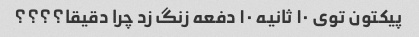
پیکتون توى ١٠ ثانیه ١٠ دفعه زنگ زد چرا دقیقا؟؟؟؟